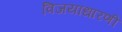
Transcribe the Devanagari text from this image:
विजयाधारणी